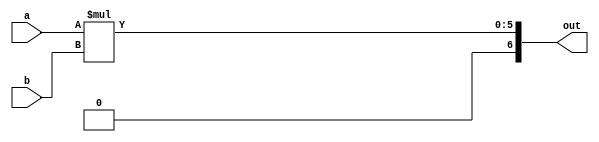
module multiplier_3_bit_21BCE3546(a, b, out);
input [2:0] a;
input [2:0] b;
output [6:0] out;
assign out=(a*b);
endmodule